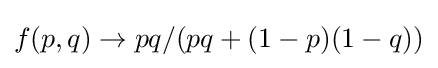
f(p,q)\rightarrow pq/(pq+(1-p)(1-q))